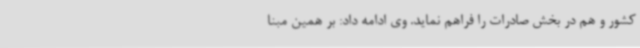
کشور و هم در بخش صادرات را فراهم نماید. وی ادامه داد: بر همین مبنا